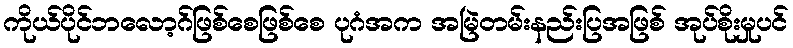
ကိုယ်ပိုင်ဘလော့ဂ်ဖြစ်စေဖြစ်စေ ပုဂံအက အမြဲတမ်းနည်းပြအဖြစ် အုပ်စိုးမှုပင်